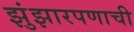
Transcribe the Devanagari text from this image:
झुंझारपणाची